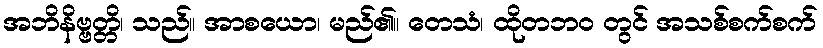
အဘိနိဗ္ဗတ္တိ၊ သည်။ အာစယော၊ မည်၏။ တေသံ၊ ထိုတဘဝ တွင် အသစ်စက်စက်